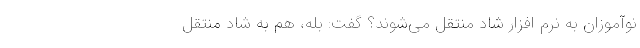
نوآموزان به نرم افزار شاد منتقل می‌شوند؟ گفت: بله، هم به شاد منتقل